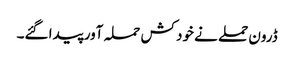
ڈرون حملے نے خود کش حملہ آور پیدا گئے۔